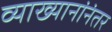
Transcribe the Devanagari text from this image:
व्याख्यानांनंतर